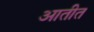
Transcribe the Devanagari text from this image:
आतीत